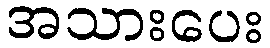
အသားပေး